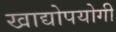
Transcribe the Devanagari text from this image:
खाद्योपयोगी